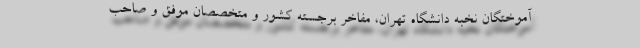
آموختگان نخبه دانشگاه تهران، مفاخر برجسته کشور و متخصصان موفق و صاحب